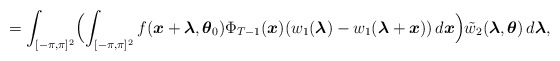
\begin{align*} =\displaystyle\int_{[-\pi,\pi]^2}\Bigl(\displaystyle\int_{[-\pi,\pi]^2}{f}(\boldsymbol{x}+\boldsymbol{\lambda},\boldsymbol{\theta}_0)\Phi_{T-1}(\boldsymbol{x})(w_1(\boldsymbol{\lambda})-w_1(\boldsymbol{\lambda}+\boldsymbol{x}))\,d\boldsymbol{x}\Bigr)\tilde{w}_2(\boldsymbol{\lambda},\boldsymbol{\theta})\,d\boldsymbol{\lambda},\end{align*}